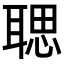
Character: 𦖻